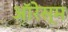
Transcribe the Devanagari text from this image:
ऑरेस्म